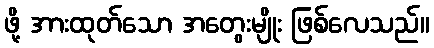
ဖို့ အားထုတ်သော အတွေးမျိုး ဖြစ်လေသည်။